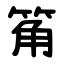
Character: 䇶